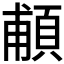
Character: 𩒺